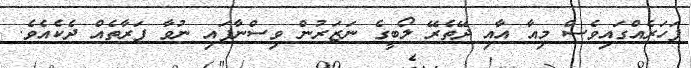
ފަހަރެއްގައިވެސް މިއާ އާއި ދޭތެރޭ ލޯބީގެ ނަޒަރުން ވިސްނާފައި ނުވާ ފަރާތެއް ދެކެއެވެ.